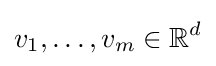
v_{1},\ldots ,v_{m}\in \mathbb {R} ^{d}